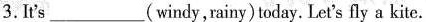
3.It's ___(windy,rainy) today. Let's fly a kite.